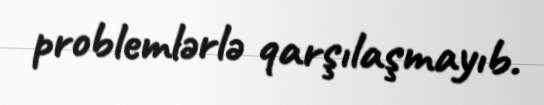
problemlərlə qarşılaşmayıb.